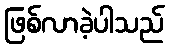
ဖြစ်လာခဲ့ပါသည်